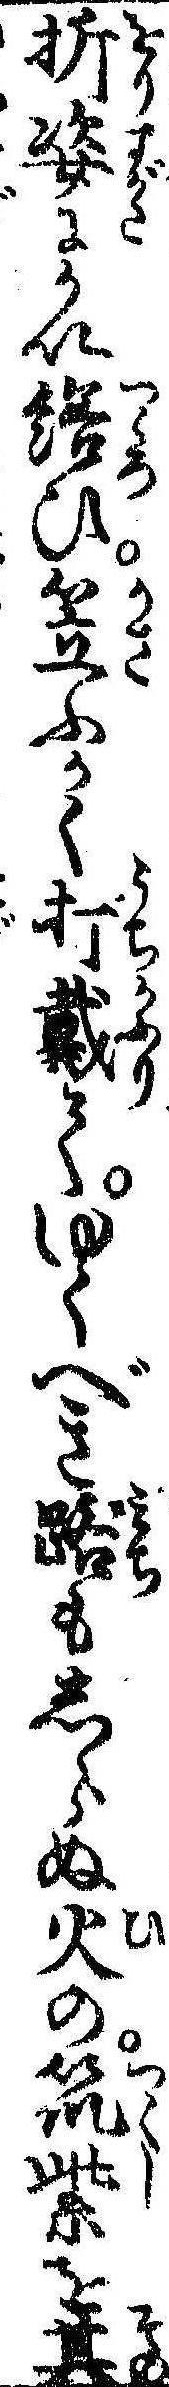
折姿にかい繕ひ笠ふかく打戴てゆくべき路もしらぬ火の筑紫を其